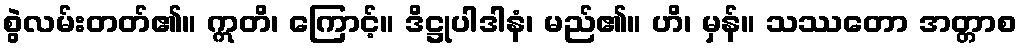
စွဲလမ်းတတ်၏။ ဣတိ၊ ကြောင့်။ ဒိဋ္ဌုပါဒါနံ၊ မည်၏။ ဟိ၊ မှန်။ သဿတော အတ္တာစ